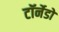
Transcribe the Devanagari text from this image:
टॉर्नेडो